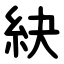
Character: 䊽